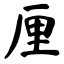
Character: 厘